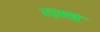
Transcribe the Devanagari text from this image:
गम्म